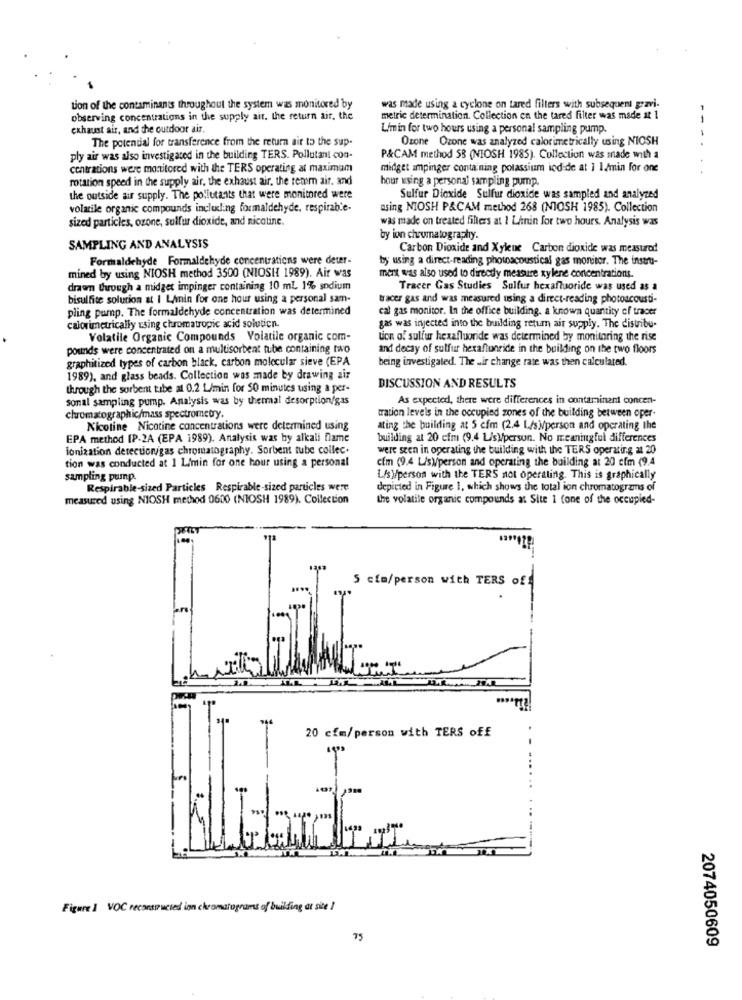
tion of the contaminanis throughout the system was monitored by
was made using a cyclone on tared filters with subsequent gravi-
observing concentrations in the supply air. the return air, the
metric determination. Collection on the tared filter was made at 1
-
exhaust air, and the outdoor air.
L'min for two hours using a personal sampling pump.
The potential for transference from the return air to the sup-
Ozone Ozone was analyzed calorimetrically using NIOSH
-
ply air was also investigated in the building TERS. Pollutant con-
P&CAM method 58 (NIOSH 1985). Collection was made with a
centrations were monitored with the TERS operating at maximum
midget ampinger containing potassium iodide at 1 1./min for one
...
rotation speed in the supply air, the exhaust air, the renom air. and
hour using a personal sampling pump.
the outside air supply. The pollutants that were monitored were
Sulfur Dioxide Sulfur dioxide was sampled and analyzed
volatile organic compounds including formaldehyde, respirabe-
asing NIOSH P&CAM method 268 (NIOSH 1985). Collection
sized particles, ozone, sulfur dioxide, and nicotine.
was made on treated fillers at 1 L/min for two hours. Analysis was
by ion chromatography.
SAMPLING AND ANALYSIS
Carbon Dioxide and Xylene Carbon dioxide was measured
Formaldehyde Formaldehyde concentrations were deter-
by using a direct-reading photoacoustical gas monitor. The instru-
mined by using NIOSH method 3500 (NIOSH 1989). Air was
mert was also used to direcdy measure xylene concentrations.
drawn tuough a midget impinger containing 10 ml 1% sodium
Tracer Gas Studies Sulfur hexafluoride was used as a
bisulfite solution at I Limin for one hour using a personal sam-
tracer gas and was measured using a direct-reading photoscousdi-
pling pump. The formaldehyde concentration was determined
cal gas monitor. In the office building. a known quantity of tracer
calorimetrically using chromatropic acid solution.
gas was injected into the building return air supply. The distribu-
Volatile Organic Compounds Volatile organic com-
tion of sulfur hexafluoride was determined by monitoring the rise
pounds were concentrated on a multisorbent tube containing two
and decay of sulfur hexaflunride in the building on the two floors
graphitized types of carbon black, carbon molecular sieve (EPA
being investigated. The air change rate was then calculated.
1989), and glass beads. Collection was made by drawing air
through the sorbent tube at 0.2 L/min for $0 minutes using a per-
DISCUSSION AND RESULTS
sonal sampling pump. Analysis was by thermal desorption/gas
As expected, there were differences in contaminant concen-
chromatographic/mass spectrometry.
tration levels in the occupied zones of the building between oper-
Nicotine Nicotine concentrations were determined using
ating the building at 5 cfm (2.4 L/sNperson and operating the
EPA method IP-2A (EPA 1989). Analysis was by alkali flame
building at 20 cfm (9.4 L/s)person. No meaningful differences
ionization detectorgas chromatography. Sorbent tube collec.
were seen in operating the building with the TERS operating at 20
tion was conducted at 1 L/min for one hour using a personal
cim (9,4 L/s)person and operating the building at 20 cfm (9.4
sampling pump.
L/s /person with the TERS not operating. This is graphically
Respirable-sized Particles Respirable-sized particles were
depicted in Figure 1, which shows the total ion chromatograms of
measured using NIOSH method 0600 (NIOSH 1989). Collection
the volatile organic compounds at Site 1 fone of the occupied-
5 cim/person with TERS off
20 cfm/person with TERS off
Figure 1 VOC reconstructed ion chromatograms of building at site 1
75
2074050609